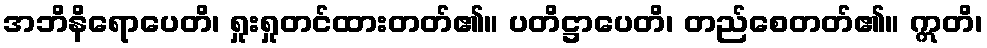
အဘိနိရောပေတိ၊ ရှုးရှုတင်ထားတတ်၏။ ပတိဋ္ဌာပေတိ၊ တည်စေတတ်၏။ ဣတိ၊